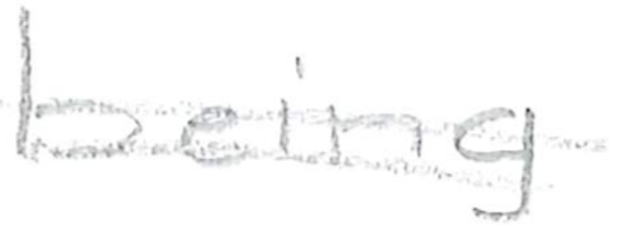
Text: being
Cross-out: double-line
Writing tool: pencil